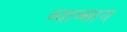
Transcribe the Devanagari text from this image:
व्याव्साय